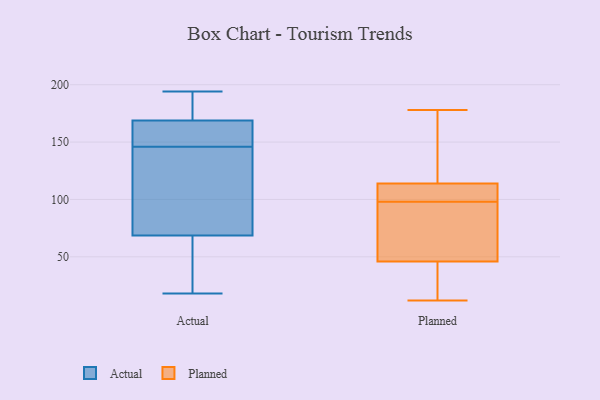
{"axis": {"x": "Website Visitors", "y": "Value"}, "legend": ["Actual", "Planned"], "data": [{"x": "", "y": 165, "type": "Actual"}, {"x": "", "y": 37, "type": "Actual"}, {"x": "", "y": 49, "type": "Actual"}, {"x": "", "y": 167, "type": "Actual"}, {"x": "", "y": 191, "type": "Actual"}, {"x": "", "y": 148, "type": "Actual"}, {"x": "", "y": 91, "type": "Actual"}, {"x": "", "y": 75, "type": "Actual"}, {"x": "", "y": 146, "type": "Actual"}, {"x": "", "y": 188, "type": "Actual"}, {"x": "", "y": 27, "type": "Actual"}, {"x": "", "y": 194, "type": "Actual"}, {"x": "", "y": 174, "type": "Actual"}, {"x": "", "y": 156, "type": "Actual"}, {"x": "", "y": 138, "type": "Actual"}, {"x": "", "y": 91, "type": "Actual"}, {"x": "", "y": 18, "type": "Actual"}, {"x": "", "y": 178, "type": "Planned"}, {"x": "", "y": 91, "type": "Planned"}, {"x": "", "y": 156, "type": "Planned"}, {"x": "", "y": 112, "type": "Planned"}, {"x": "", "y": 12, "type": "Planned"}, {"x": "", "y": 105, "type": "Planned"}, {"x": "", "y": 68, "type": "Planned"}, {"x": "", "y": 13, "type": "Planned"}, {"x": "", "y": 114, "type": "Planned"}, {"x": "", "y": 46, "type": "Planned"}]}